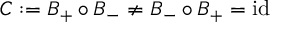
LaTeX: C : = B _ { + } \circ B _ { - } \not = B _ { - } \circ B _ { + } = \mathrm { i d }